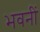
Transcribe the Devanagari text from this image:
भवनीं